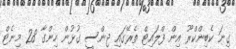
ގިނަ ކެބިންކްރޫ އިން ފްލައިޓް ތެރޭގައި ޖިންސީ ގުޅުން ހިންގާ 28 މިނެޓް